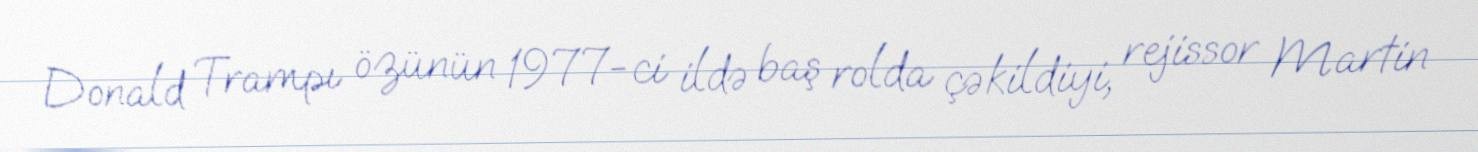
Donald Trampı özünün 1977-ci ildə baş rolda çəkildiyi, rejissor Martin